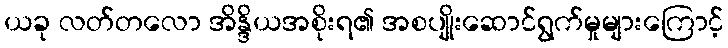
ယခု လတ်တလော အိန္ဒိယအစိုးရ၏ အစပျိုးဆောင်ရွက်မှုများကြောင့်